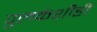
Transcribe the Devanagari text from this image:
पुलकेशीही